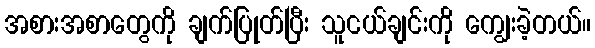
အစားအစာတွေကို ချက်ပြုတ်ပြီး သူငယ်ချင်းကို ကျွေးခဲ့တယ်။